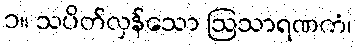
၁။ သပိတ်လှန်သော ဩသာရဏကံ၊